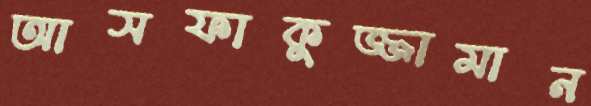
আসফাকুজ্জামান